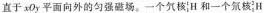
直于 x0y 平面向外的匀强磁场，一个氕核^{1}_{1}H 和一个氘核^{2}_{1}H